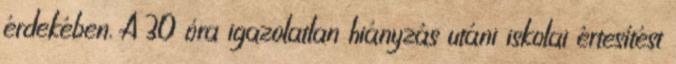
érdekében. A 30 óra igazolatlan hiányzás utáni iskolai értesítést